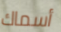
أسماك